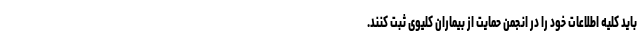
باید کلیه اطلاعات خود را در انجمن حمایت از بیماران کلیوی ثبت کنند.